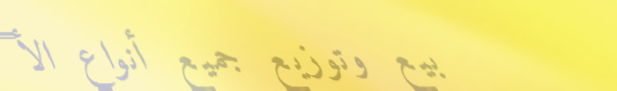
بيع وتوزيع جميع أنواع الأ